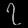
Digit: ၇